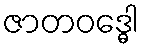
ဇာတဝဒ္ဓေါ